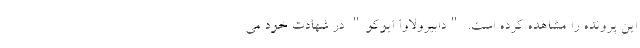
این پرونده را مشاهده کرده است. "دابیرولاوا ایوکو" در شهادت خود می